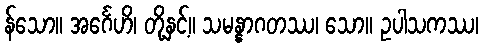
န်သော။ အင်္ဂေဟိ၊ တို့နှင့်။ သမန္နာဂတဿ၊ သော။ ဥပါသကဿ၊